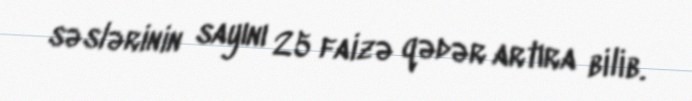
səslərinin sayını 25 faizə qədər artıra bilib.